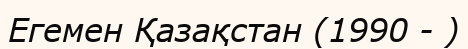
Егемен Қазақстан (1990 - )